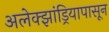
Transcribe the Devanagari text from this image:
अलेक्झांड्रियापासून